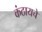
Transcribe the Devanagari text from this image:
कंठायचे